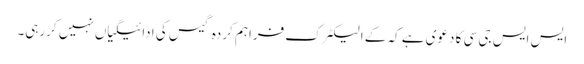
ایس ایس جی سی کا دعوی ہے کہ کے الیکٹرک فراہم کردہ گیس کی ادائیگیاں نہیں کررہی۔